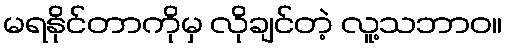
မရနိုင်တာကိုမှ လိုချင်တဲ့ လူ့သဘာဝ။